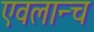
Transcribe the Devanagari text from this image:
एवलान्च